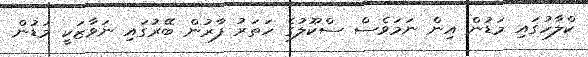
ކްލާހުގައި މަޑުން އިން ނަމަވެސް ސްކޫލުގެ ހަތަރު ފާރުން ބޭރުގައި ނަވާޒަކީ މަޑުން